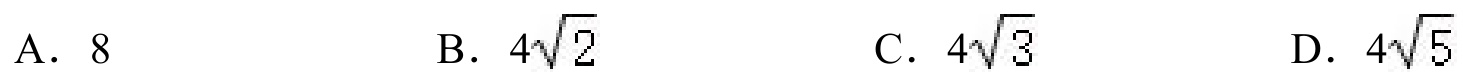
A. \(8\)  B. \(4\sqrt{2}\)  C. \(4\sqrt{3}\)  D. \(4\sqrt{5}\)